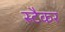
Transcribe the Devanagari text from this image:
स्टैकर